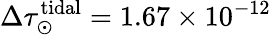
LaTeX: \Delta\tau_{\odot}^{\mathrm{tidal}}=1.67\times 10^{-12}